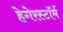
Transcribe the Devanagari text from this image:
हेगेरस्टॉर्म